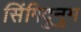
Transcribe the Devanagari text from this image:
सिंगिदुनुम